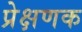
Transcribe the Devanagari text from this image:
प्रेक्षणक